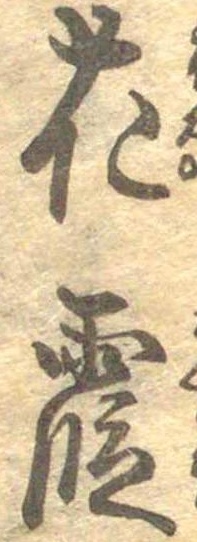
花霞